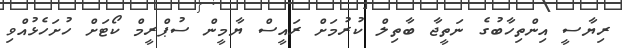
ރިޔާސީ އިންތިހާބުގެ ނަތީޖާ ބާތިލް ކުރުމަށް ރައީސް ޔާމީން ސުޕްރީމް ކޯޓަށް ހުށަހެޅުއްވި